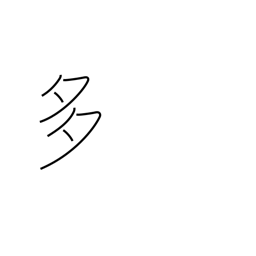
Meaning: frequent